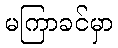
မကြာခင်မှာ